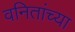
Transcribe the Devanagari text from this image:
वनितांच्या